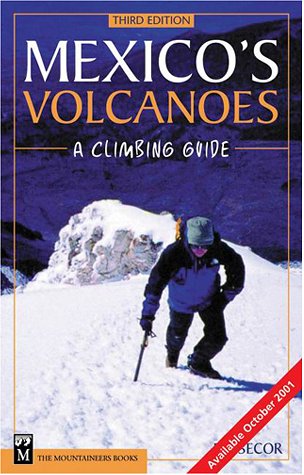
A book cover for Mexico's Volcanoes: A Climbing Guide; R. J. Secor; Sports & Outdoors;